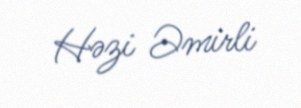
Həzi Əmirli